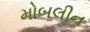
મોબલીન